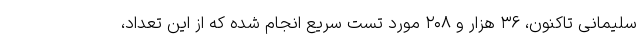
سلیمانی تاکنون، ۳۶ هزار و ۲۰۸ مورد تست سریع انجام شده که از این تعداد،